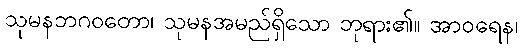
သုမနဘဂဝတော၊ သုမနအမည်ရှိသော ဘုရား၏။ အာဝရေန၊